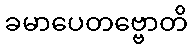
ခမာပေတဗ္ဗောတိ